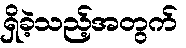
ရှိခဲ့သည့်အတွက်